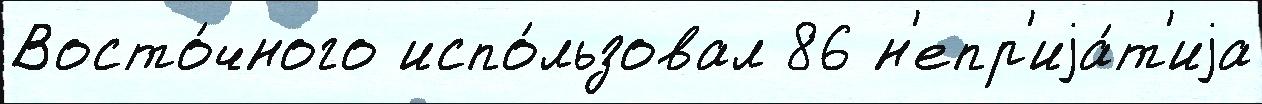
Восто́чного испо́льзовал 86 н'епр'иjа́т'иjа